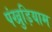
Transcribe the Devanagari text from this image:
पंखुड़ियाम